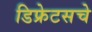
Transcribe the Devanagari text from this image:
डिफ्रेटसचे